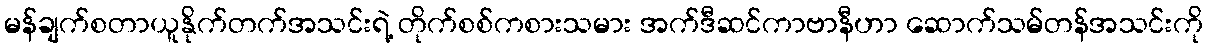
မန်ချက်စတာယူနိုက်တက်အသင်းရဲ့ တိုက်စစ်ကစားသမား အက်ဒီဆင်ကာဗာနီဟာ ဆောက်သမ်တန်အသင်းကို